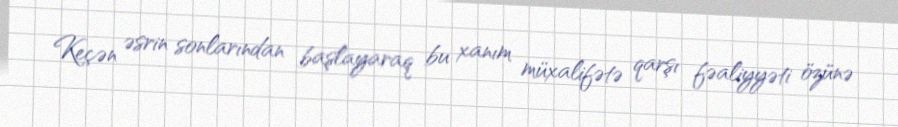
Keçən əsrin sonlarından başlayaraq bu xanım müxalifətə qarşı fəaliyyəti özünə